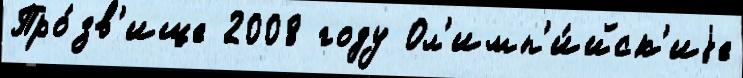
Про́зв'ище 2008 году Ол'имп'и́йск'иjе